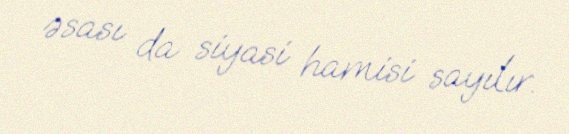
əsası da siyasi hamisi sayılır.